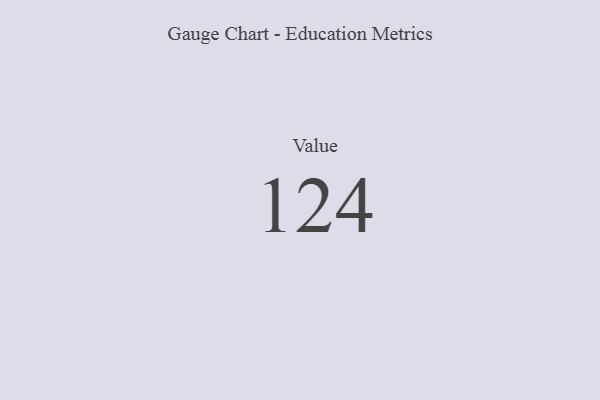
{"axis": {"x": "Metric", "y": "Value"}, "legend": [""], "data": [{"x": "Value", "y": 124, "type": ""}]}